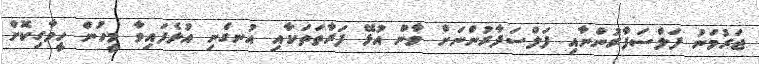
ޖަރުމަނު ފަލްސަފާރުންނާއި ފަލްސަފާރުންނަށް ވާން އުޅޭ ފަރާތަތަކާއި އުނގެނި އުޅެފައިވާ މީހުން ހީވާގިކޮށް